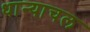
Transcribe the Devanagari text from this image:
धान्याचल